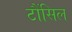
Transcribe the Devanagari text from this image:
टौंसिल